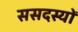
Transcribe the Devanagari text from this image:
ससदस्यों